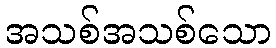
အသစ်အသစ်သော